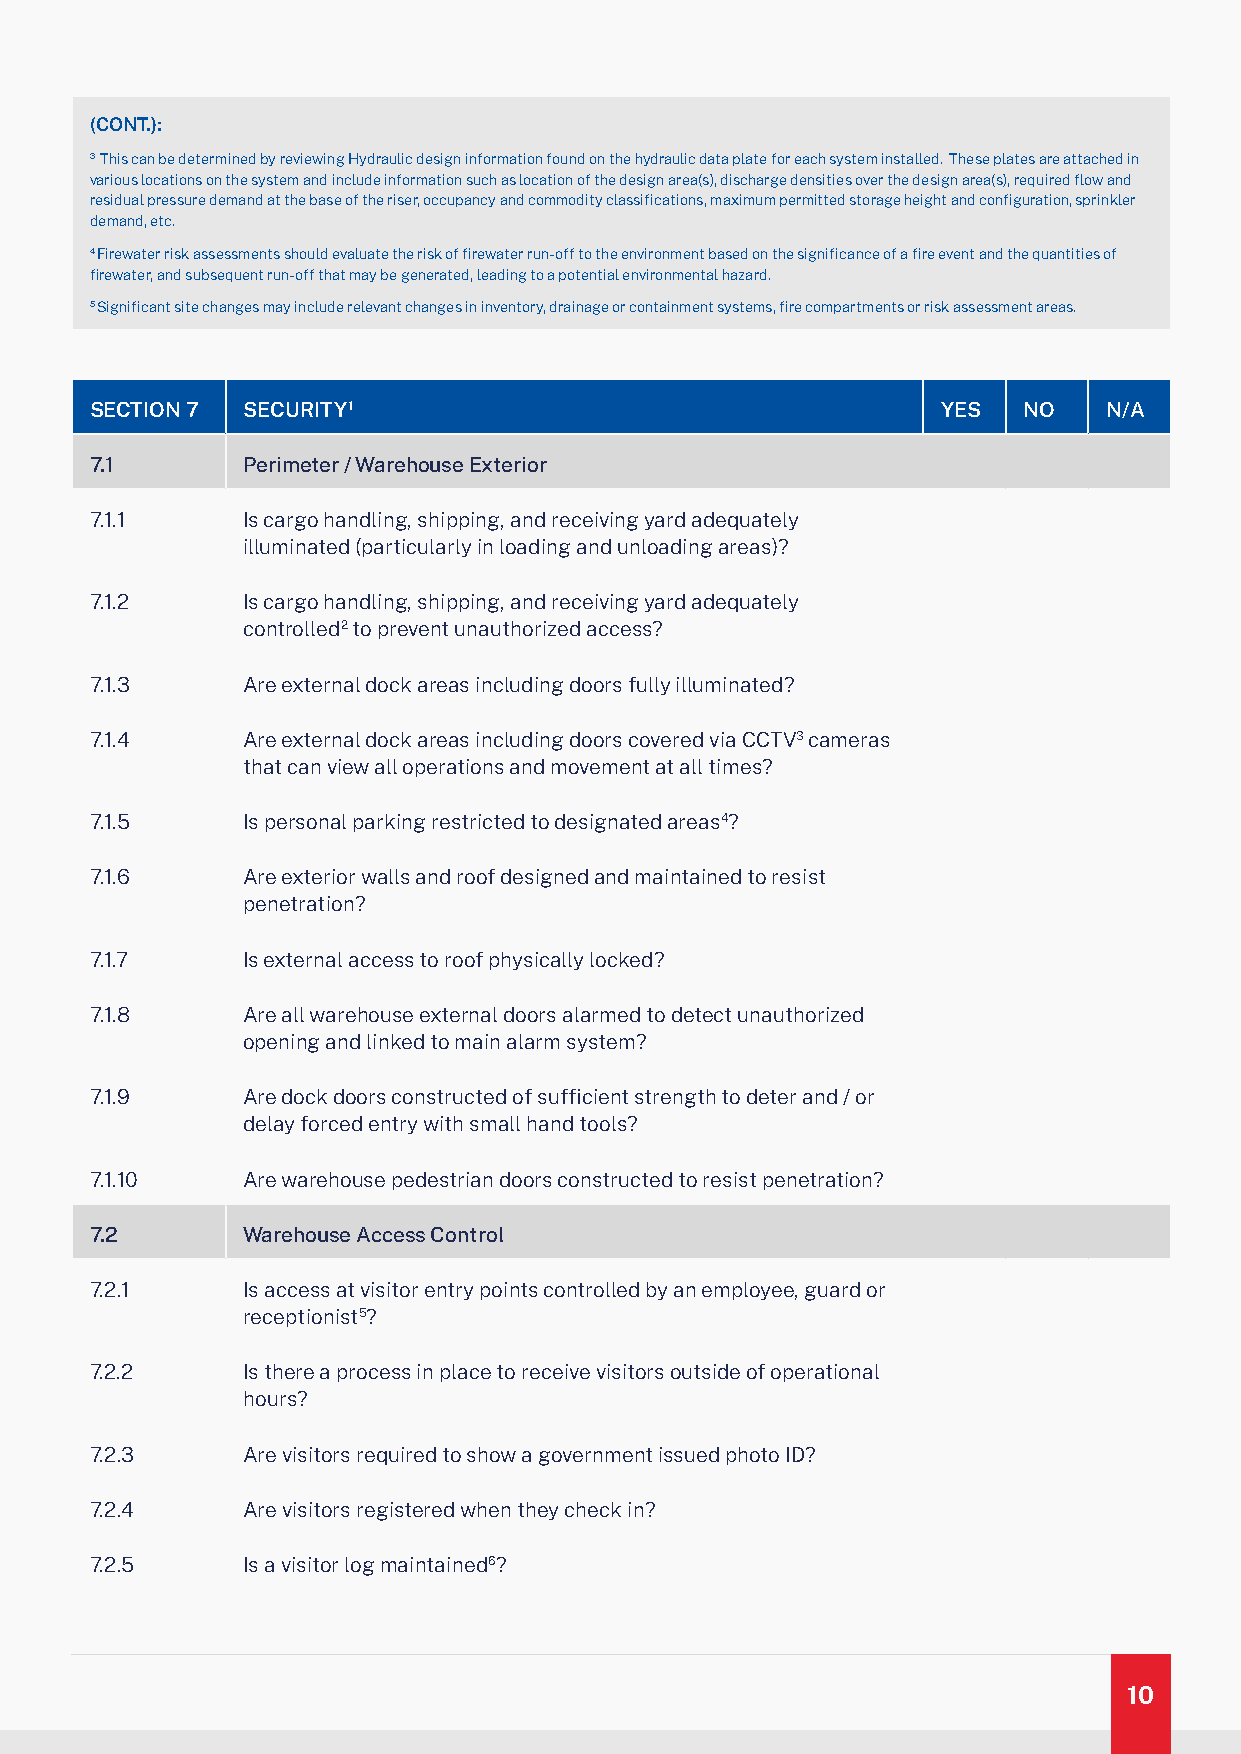
(CONT.):
 3 This can be determined by reviewing Hydraulic design information found on the hydraulic data plate for each system installed. These plates are attached in
 various locations on the system and include information such as location of the design area(s), discharge densities over the design area(s), required flow and
 residual pressure demand at the base of the riser, occupancy and commodity classifications, maximum permitted storage height and configuration, sprinkler
 demand, etc.
 4 Firewater risk assessments should evaluate the risk of firewater run-off to the environment based on the significance of a fire event and the quantities of
 firewater, and subsequent run-off that may be generated, leading to a potential environmental hazard.
 5 Significant site changes may include relevant changes in inventory, drainage or containment systems, fire compartments or risk assessment areas.
 SECTION 7 SECURITY1                                     YES   NO   N/A
 7.1       Perimeter / Warehouse Exterior
 7.1.1     Is cargo handling, shipping, and receiving yard adequately
 illuminated (particularly in loading and unloading areas)?
 7.1.2     Is cargo handling, shipping, and receiving yard adequately
 controlled2 to prevent unauthorized access?
 7.1.3     Are external dock areas including doors fully illuminated?
 7.1.4     Are external dock areas including doors covered via CCTV3 cameras
 that can view all operations and movement at all times?
 7.1.5     Is personal parking restricted to designated areas4?
 7.1.6     Are exterior walls and roof designed and maintained to resist
 penetration?
 7.1.7     Is external access to roof physically locked?
 7.1.8     Are all warehouse external doors alarmed to detect unauthorized
 opening and linked to main alarm system?
 7.1.9     Are dock doors constructed of sufficient strength to deter and / or
 delay forced entry with small hand tools?
 7.1.10    Are warehouse pedestrian doors constructed to resist penetration?
 7.2       Warehouse Access Control
 7.2.1     Is access at visitor entry points controlled by an employee, guard or
 receptionist5?
 7.2.2     Is there a process in place to receive visitors outside of operational
 hours?
 7.2.3     Are visitors required to show a government issued photo ID?
 7.2.4     Are visitors registered when they check in?
 7.2.5     Is a visitor log maintained6?
 10